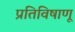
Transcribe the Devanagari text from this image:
प्रतिविषाणू